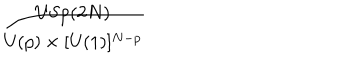
{ \frac { \mathrm { U S p } ( 2 N ) } { \mathrm { U } ( p ) \times [ \mathrm { U } ( 1 ) ] ^ { N - p } } }